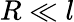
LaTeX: R\ll l